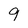
Character: 9